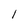
Character: l